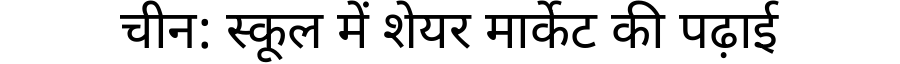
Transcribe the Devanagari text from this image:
चीन: स्कूल में शेयर मार्केट की पढ़ाई